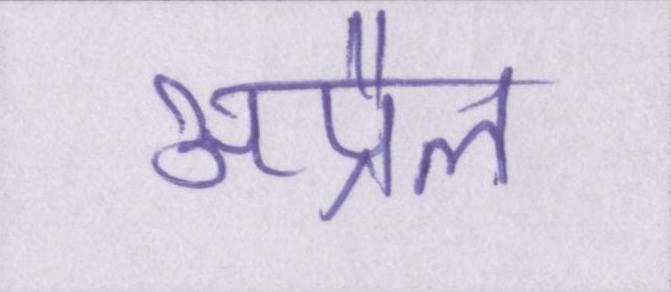
अप्रैल